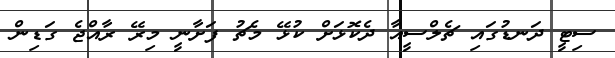
ސިޓީ ދަނޑުގައި ޗެލްސީއާ ދެކޮޅަށް ކުޅޭ މެޗު ފަށާނީ މިރޭ ރާއްޖެ ގަޑިން